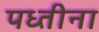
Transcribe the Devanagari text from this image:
पध्तीना